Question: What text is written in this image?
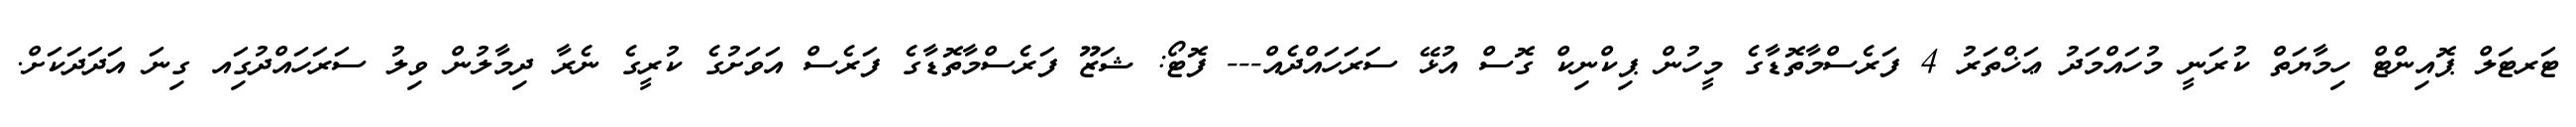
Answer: ޓަރޓަލް ޕޮއިންޓް ހިމާޔަތް ކުރަނީ މުހައްމަދު ޢަޚްތަރު 4 ފަރެސްމާތޮޑާގެ މީހުން ޕިކްނިކް ގޮސް އުޅޭ ސަރަހައްދެއް--- ފޮޓޯ: ޝަޒޫ ފަރެސްމާތޮޑާގެ ފަރެސް އަވަށުގެ ކުރީގެ ނެރާ ދިމާލުން ވިލު ސަރަހައްދުގަިއ ގިނަ އަދަދަކަށް.